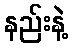
နည်းနဲ့